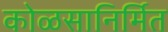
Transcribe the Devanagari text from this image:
कोळसानिर्मित